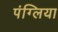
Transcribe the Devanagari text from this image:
पंग्लिया